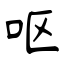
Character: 呕